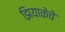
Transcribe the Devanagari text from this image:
झियाकेचे